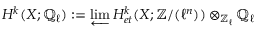
H ^ { k } ( X ; \mathbb { Q } _ { \ell } ) : = \varprojlim H _ { e t } ^ { k } ( X ; \mathbb { Z } / ( \ell ^ { n } ) ) \otimes _ { \mathbb { Z } _ { \ell } } \mathbb { Q } _ { \ell }